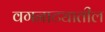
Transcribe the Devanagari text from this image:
वगनाट्यातील